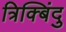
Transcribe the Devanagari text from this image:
त्रिक्बिंदु